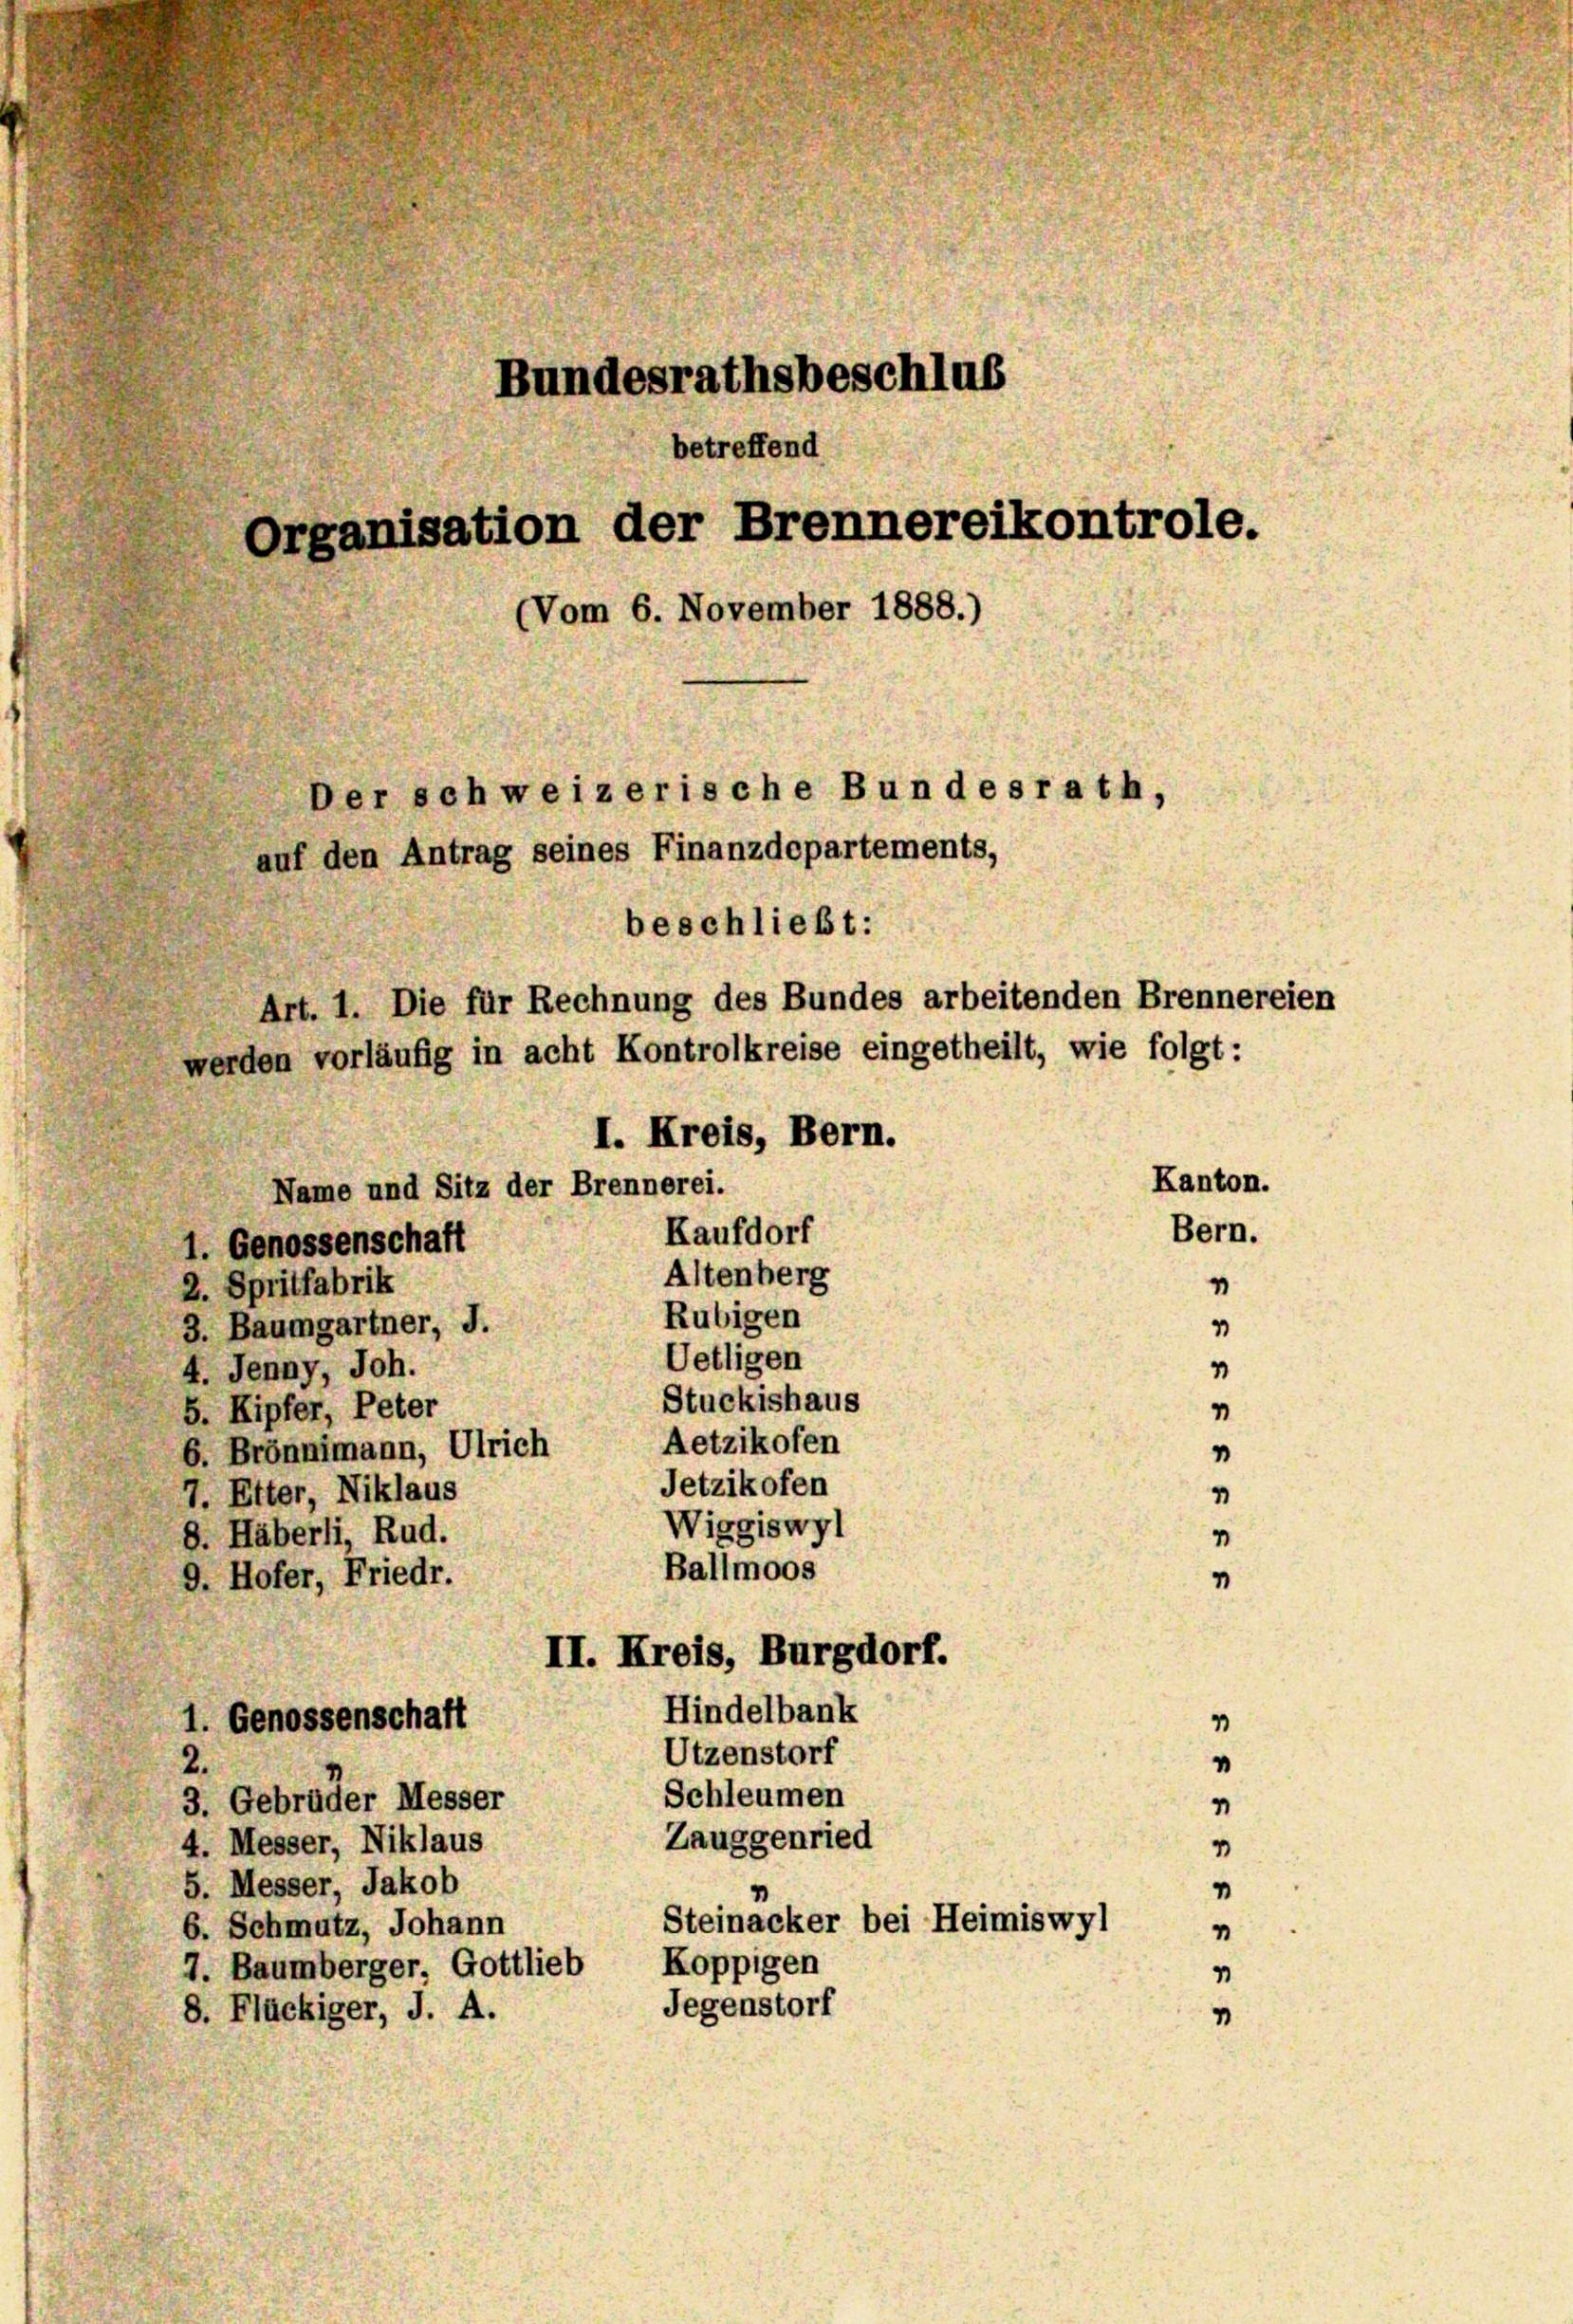
Bundesrathsbeschlus
betreffend
Organisation der Brennereikontrole.
(Vom 6. November 1888.)
Der schweizerische Bundesrath,
auf den Antrag seines Finanzdepartements,
beschließt:
Art. 1. Die für Rechnung des Bundes arbeitenden Brennereien
werden vorläufig in acht Kontrolkreise eingetheilt, wie folgt:
I. Kreis, Bern.
Kanton.
Name und Sitz der Brennerei.
Bern.
Kaufdorf
1. Genossenschaft
Altenberg

2. Spritfabrik
Rubigen
3. Baumgartner, d
Uetligen
4. Jenny, Joh.
Stuckishaus
5. Kipfer, Peter
Aetzikofen
6. Brönnimann, Ulrich
Jetzikofen
7. Etter, Niklaus
Wiggiswyl
8. Häberli, Rud.
Ballmoos
9. Hofer, Friedr.
II. Kreis, Burgdorf.
Hindelbank
1. Genossenschaft
Utzenstorf
2.
Schleumen
3. Gebrüder Messer
Zauggenried
4. Messer, Niklaus
5. Messer, Jakob
n
Steinacker bei Heimiswyl
6. Schmutz, Johann
7. Baumberger, Gottlieb Koppigen
Jegenstorf
8. Flückiger, J. A.

1
1
"
1
“
1
“

2
n

“
"
1
v

4